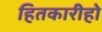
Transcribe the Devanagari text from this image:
हितकारीहो